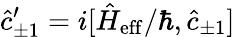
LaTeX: \hat{c}_{\pm 1}^{\prime}=i[\hat{H}_{\mathrm{eff}}/\hbar,\hat{c}_{\pm 1}]